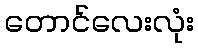
တောင်လေးလုံး